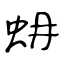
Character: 蚦